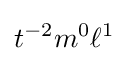
t^{-2}m^{0}\ell ^{1}